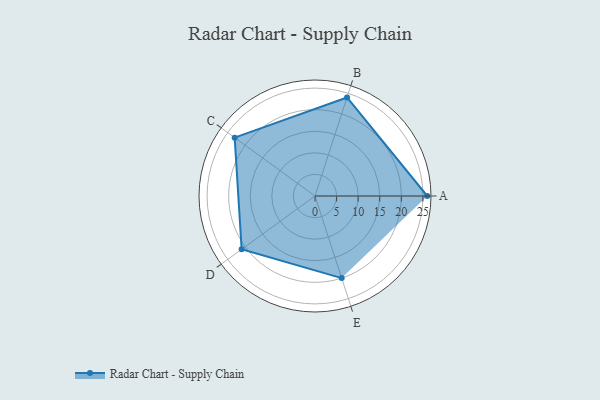
{"axis": {"x": "Skill", "y": "Score"}, "legend": ["Profile"], "data": [{"x": "A", "y": 26.0, "type": "Profile"}, {"x": "B", "y": 24.0, "type": "Profile"}, {"x": "C", "y": 23.0, "type": "Profile"}, {"x": "D", "y": 21.0, "type": "Profile"}, {"x": "E", "y": 20, "type": "Profile"}]}